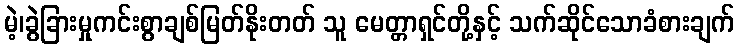
မဲ့၊ခွဲခြားမှုကင်းစွာချစ်မြတ်နိုးတတ် သူ မေတ္တာရှင်တို့နှင့် သက်ဆိုင်သောခံစားချက်